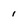
Character: 1